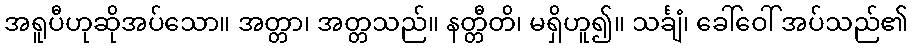
အရူပီဟုဆိုအပ်သော။ အတ္တာ၊ အတ္တသည်။ နတ္တီတိ၊ မရှိဟူ၍။ သင်္ချံ၊ ခေါ်ဝေါ် အပ်သည်၏